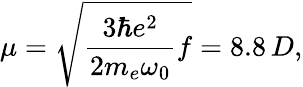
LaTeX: \mu=\sqrt{\frac{3\hbar e^{2}}{2m_{e}\omega_{0}}f}=8.8\, D,